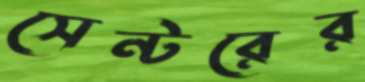
সেন্টরের